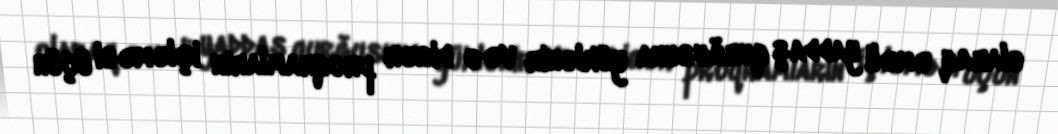
olaraq əməli yaddaş qurğusuna yüklənir və o digər proqramların işləməsi üçün